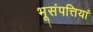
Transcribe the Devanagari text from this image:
भूसंपत्तियां